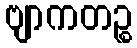
ဗျာကတဉ္စ